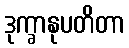
ဒုက္ခာနုပတိတာ